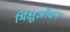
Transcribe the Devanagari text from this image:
भिक्षुजीवन